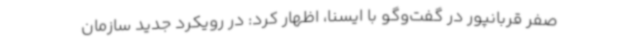
صفر قربانپور در گفت‌وگو با ایسنا، اظهار کرد: در رویکرد جدید سازمان